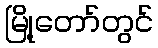
မြို့တော်တွင်